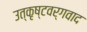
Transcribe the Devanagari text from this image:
उत्कृष्टवर्गवाद